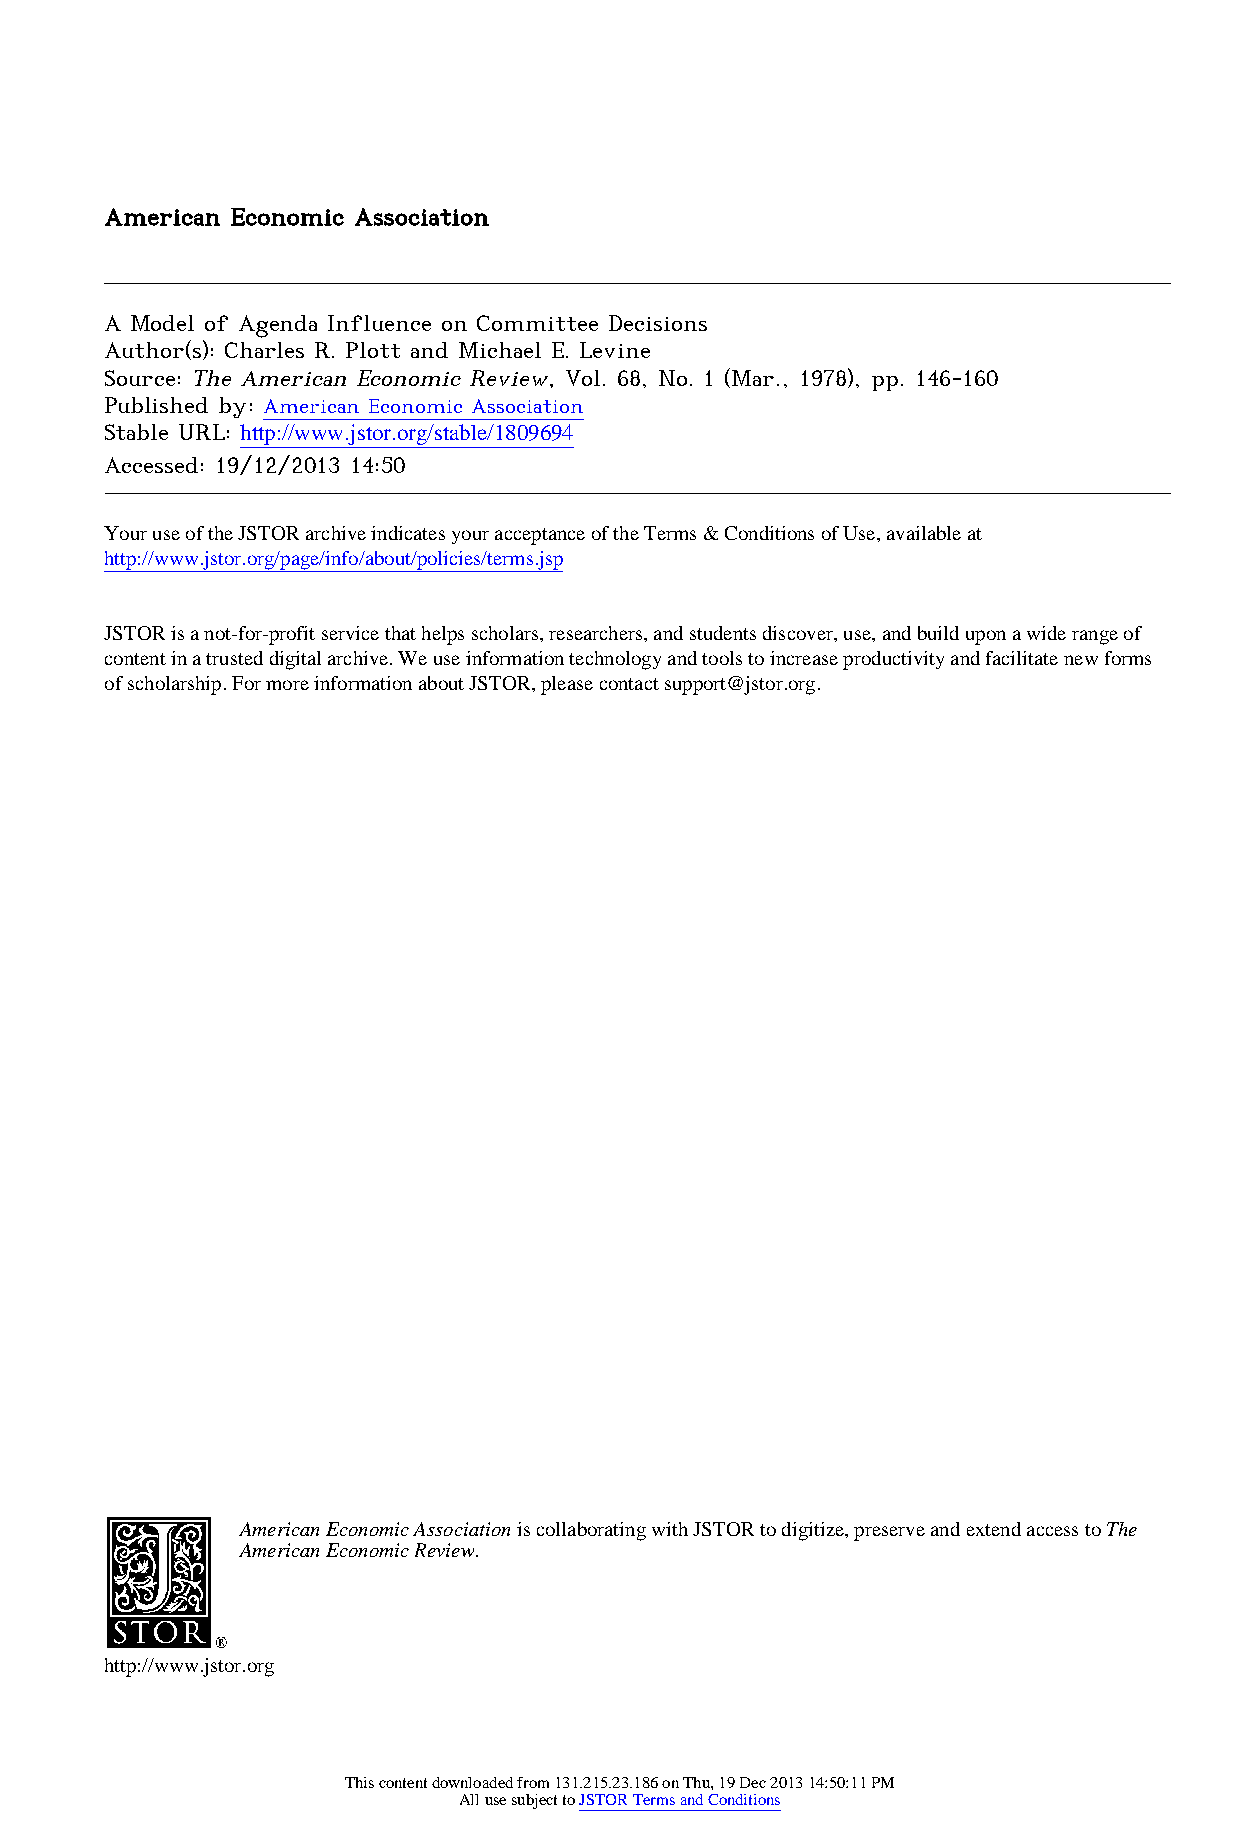
American Economic Association
 A Model of Agenda Influence on Committee Decisions
 Author(s): Charles R. Plott and Michael E. Levine
 Source: The American Economic Review, Vol. 68, No. 1 (Mar., 1978), pp. 146-160
 Published by: American Economic Association
 Stable URL: http://www.jstor.org/stable/1809694 .
 Accessed: 19/12/2013 14:50
 Your use of the JSTOR archive indicates your acceptance of the Terms & Conditions of Use, available at .
 http://www.jstor.org/page/info/about/policies/terms.jsp
 .
 JSTOR is a not-for-profit service that helps scholars, researchers, and students discover, use, and build upon a wide range of
 content in a trusted digital archive. We use information technology and tools to increase productivity and facilitate new forms
 of scholarship. For more information about JSTOR, please contact support@jstor.org.
 .
 American Economic Association is collaborating with JSTOR to digitize, preserve and extend access to The
 American Economic Review.
 http://www.jstor.org
 This content downloaded from 131.215.23.186 on Thu, 19 Dec 2013 14:50:11 PM
 All use subject to JSTOR Terms and Conditions